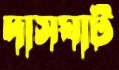
দাসঘাট